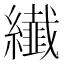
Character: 纎